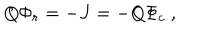
Q \Phi _ { r } = - J = - Q \Phi _ { c } \ ,